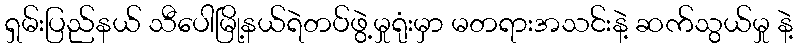
ရှမ်းပြည်နယ် သီပေါမြို့နယ်ရဲတပ်ဖွဲ့မှုရုံးမှာ မတရားအသင်းနဲ့ ဆက်သွယ်မှု နဲ့